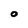
Character: O